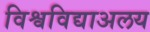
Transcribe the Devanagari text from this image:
विश्वविद्याअलय